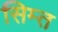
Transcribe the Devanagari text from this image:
सिम्त